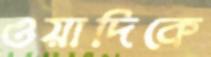
ওয়াদিকে